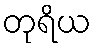
တုရိယ